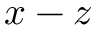
x - z